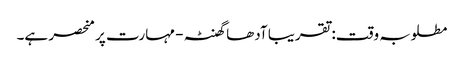
مطلوبہ وقت: تقریبا آدھا گھنٹہ - مہارت پر منحصر ہے۔